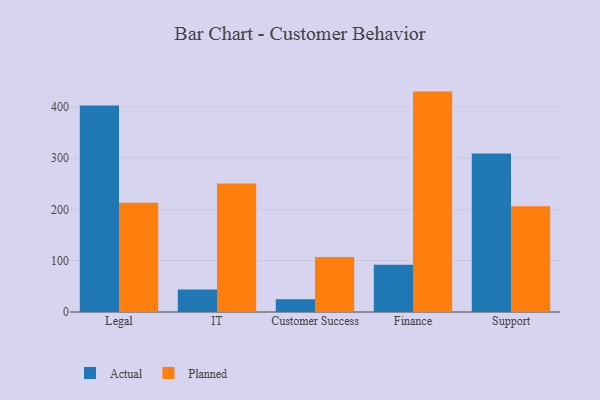
{"axis": {"x": "Department", "y": "Net Income (USD K)"}, "legend": ["Actual", "Planned"], "data": [{"x": "Legal", "y": 402.4, "type": "Actual"}, {"x": "Legal", "y": 212.7, "type": "Planned"}, {"x": "IT", "y": 43.9, "type": "Actual"}, {"x": "IT", "y": 250.4, "type": "Planned"}, {"x": "Customer Success", "y": 25.0, "type": "Actual"}, {"x": "Customer Success", "y": 107.0, "type": "Planned"}, {"x": "Finance", "y": 92.3, "type": "Actual"}, {"x": "Finance", "y": 429.5, "type": "Planned"}, {"x": "Support", "y": 308.8, "type": "Actual"}, {"x": "Support", "y": 205.9, "type": "Planned"}]}